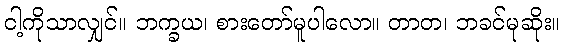
ငါ့ကိုသာလျှင်။ ဘက္ခယ၊ စားတော်မူပါလော။ တာတ၊ ဘခင်မုဆိုး။